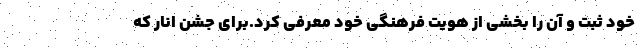
خود ثبت و آن را بخشی از هویت فرهنگی خود معرفی کرد.برای جشن انار که